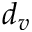
d _ { v }